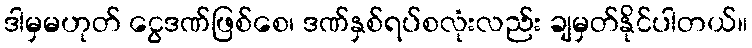
ဒါမှမဟုတ် ငွေဒဏ်ဖြစ်စေ၊ ဒဏ်နှစ်ရပ်စလုံးလည်း ချမှတ်နိုင်ပါတယ်။